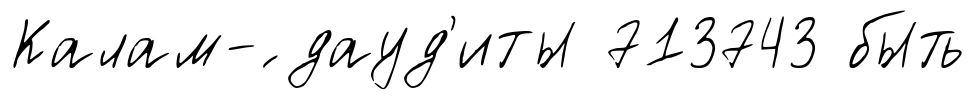
Калам-́ дауд'иты 713743 быть